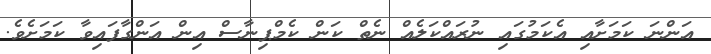
އަންނަ ކަމަށާއި އެކަމުގައި ނުރައްކަލެއް ނެތް ކަން ކެމްޕިނާސް އިން އަންގާފައިވާ ކަމަށެވެ.